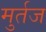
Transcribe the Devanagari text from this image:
मुर्तज